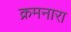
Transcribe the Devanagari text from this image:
क्रमनारा